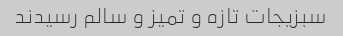
سبزیجات تازه و تمیز و سالم رسیدند